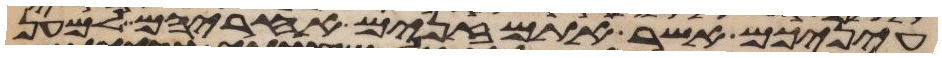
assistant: עיניכם אשר אתם זנים אחריהם למען